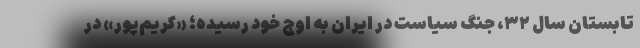
تابستان سال ۳۲، جنگ سیاست در ایران به اوج خود رسیده؛ «کریم‌پور» در